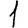
Digit: 1